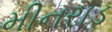
મીનરાડ